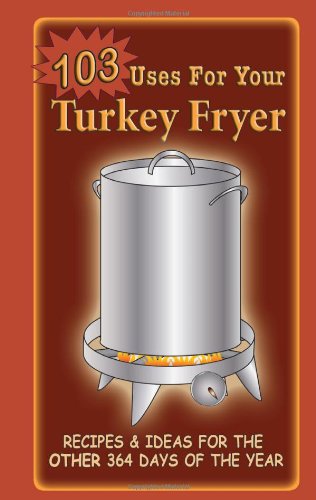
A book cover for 103 Uses for Your Turkey Fryer; G&R Publishing; Cookbooks, Food & Wine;